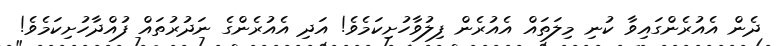
ދެން އެއުރެންގައިވާ ކުނި މިލަތައް އެއުރެން ފިލުވާހުށިކަމެވެ! އަދި އެއުރެންގެ ނަދުރުތައް ފުއްދާހުށިކަމެވެ!